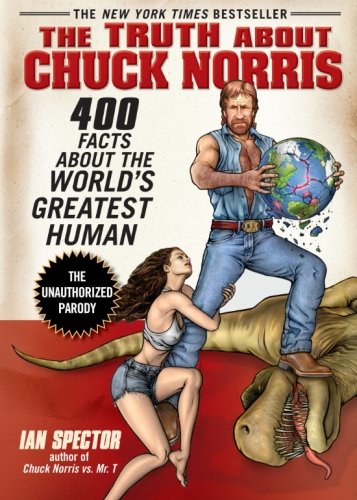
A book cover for The Truth About Chuck Norris: 400 Facts About the World's Greatest Human; Ian Spector; Humor & Entertainment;